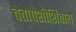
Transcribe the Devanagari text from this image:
चेतापेशींशिवाय